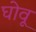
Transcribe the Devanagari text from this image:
घोवू